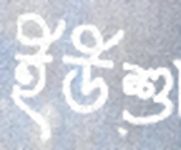
ইউশু